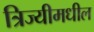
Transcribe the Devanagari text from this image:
त्रिज्यीमधील